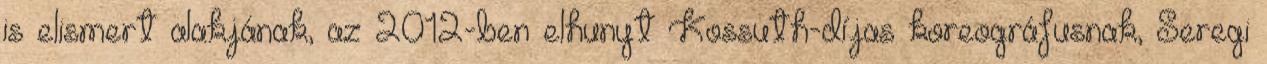
is elismert alakjának, az 2012-ben elhunyt Kossuth-díjas koreográfusnak, Seregi